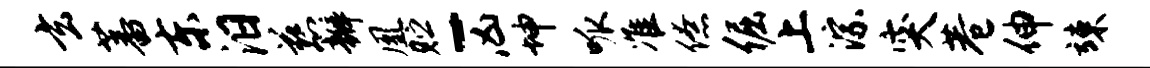
玄蕃东汨慈瓣凰贮-凶坤呱准僚倔上淙突巷伸竦